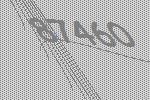
87460